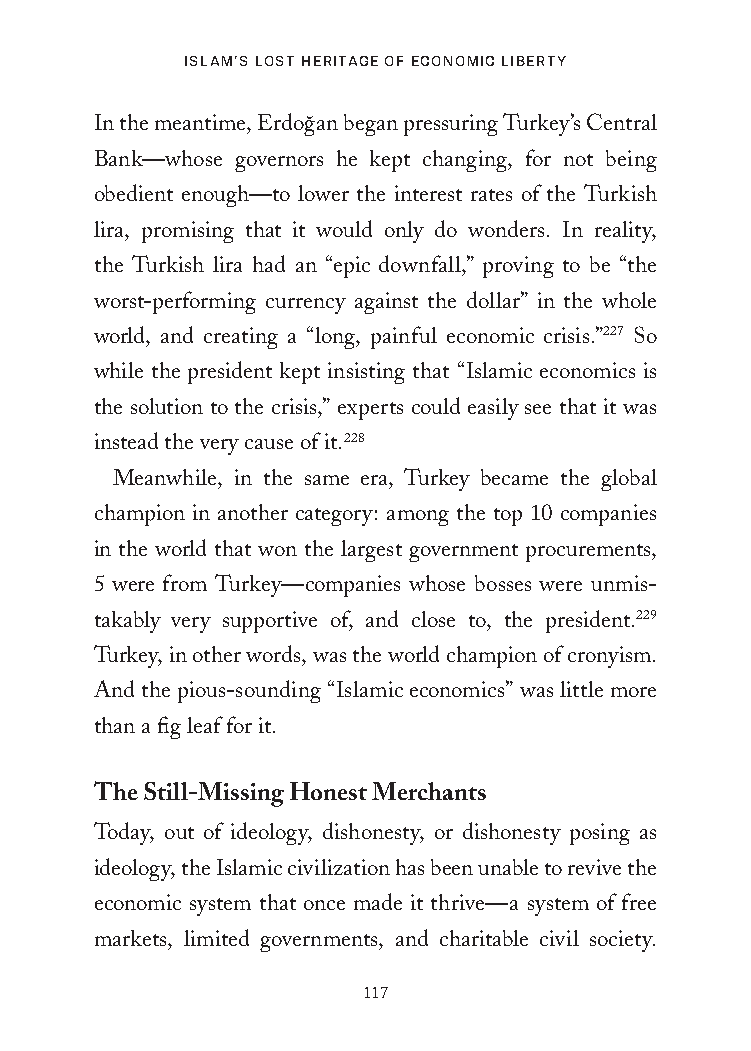
Islam’s lost HerItage of economIc lIberty
 In the meantime, Erdog˘an began pressuring Turkey’s Central
 Bank—whose governors he kept changing, for not being
 obedient enough—to lower the interest rates of the Turkish
 lira, promising that it would only do wonders. In reality,
 the Turkish lira had an “epic downfall,” proving to be “the
 worst-performing currency against the dollar” in the whole
 world, and creating a “long, painful economic crisis.”227 So
 while the president kept insisting that “Islamic economics is
 the solution to the crisis,” experts could easily see that it was
 instead the very cause of it.228
 Meanwhile, in the same era, Turkey became the global
 champion in another category: among the top 10 companies
 in the world that won the largest government procurements,
 5 were from Turkey—companies whose bosses were unmis-
 takably very supportive of, and close to, the president.229
 Turkey, in other words, was the world champion of cronyism.
 And the pious-sounding “Islamic economics” was little more
 than a fig leaf for it.
 The Still-Missing Honest Merchants
 Today, out of ideology, dishonesty, or dishonesty posing as
 ideology, the Islamic civilization has been unable to revive the
 economic system that once made it thrive—a system of free
 markets, limited governments, and charitable civil society.
 117
 25320_Ch07.indd 117                     24/06/2021 9:26 AM